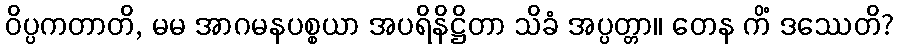
ဝိပ္ပကတာတိ, မမ အာဂမနပစ္စယာ အပရိနိဋ္ဌိတာ သိခံ အပ္ပတ္တာ။ တေန ကိံ ဒဿေတိ?